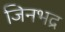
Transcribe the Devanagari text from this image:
जिनभद्र